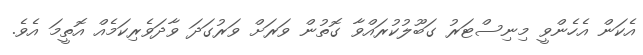
އެކަން އެހެންވީ މިނިސްޓަރު ގަބޫލުކުރައްވާ ގޮތުން ވަރަށް ވަރުގަދަ ވާދަވެރިކަމެއް އޮތީމަ އެވެ.